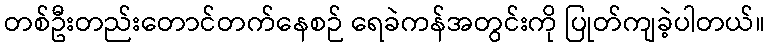
တစ်ဦးတည်းတောင်တက်နေစဉ် ရေခဲကန်အတွင်းကို ပြုတ်ကျခဲ့ပါတယ်။